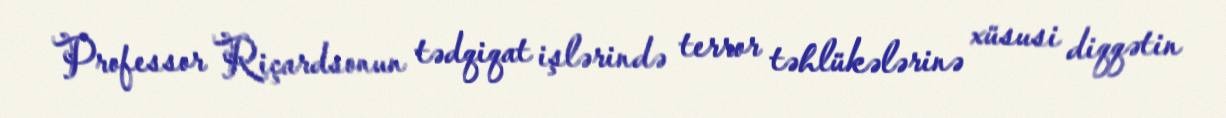
Professor Riçardsonun tədqiqat işlərində terror təhlükələrinə xüsusi diqqətin